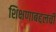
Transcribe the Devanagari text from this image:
शिक्षणाबद्दलची